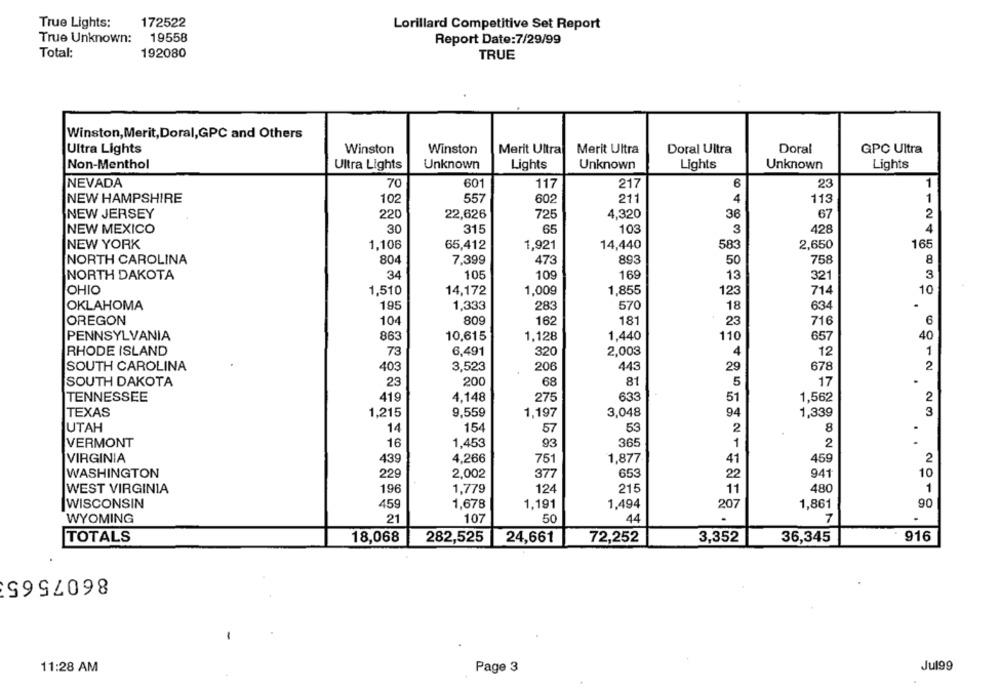
True Lights:
172522
Lorillard Competitive Set Report
True Unknown:
19558
Report Date:7/29/99
Total:
192080
TRUE
Winston, Merit, Doral,GPC and Others
Ultra Lights
Winston
Winston
Merit Ultra
Merit Ultra
Doral Ultra
Doral
GPC Ultra
Non-Menthol
Ultra Lights
Unknown
Lights
Unknown
Lights
Unknown
Lights
NEVADA
70
601
117
217
6
23
1
NEW HAMPSHIRE
102
55
602
211
4
113
1
NEW JERSEY
220
22,626
72
4,320
36
67
2
30
315
65
103
3
428
4
NEW MEXICO
NEW YORK
1,106
65,412
1,921
14,440
583
2,650
165
NORTH CAROLINA
804
7.399
473
893
50
758
8
NORTH DAKOTA
34
105
109
169
13
321
3
OHIO
1,510
14,172
1,009
1,855
123
714
10
195
283
OKLAHOMA
1,333
570
18
634
OREGON
104
809
162
181
23
716
6
PENNSYLVANIA
863
10,615
1,128
1.440
110
657
40
RHODE ISLAND
73
6,491
320
2,003
4
12
1
SOUTH CAROLINA
403
3,523
206
443
29
678
2
81
SOUTH DAKOTA
23
200
68
5
17
TENNESSEE
419
4.148
275
633
51
1,562
2
TEXAS
1,215
9,559
1,197
3,048
94
1,339
3
UTAH
14
154
57
53
8
2
.
VERMONT
16
1,453
93
365
1
2
459
VIRGINIA
439
4,266
751
1,877
41
2
WASHINGTON
229
2,002
377
653
22
941
10
WEST VIRGINIA
196
1,779
124
215
11
480
1
WISCONSIN
459
1,678
1,191
1,494
207
1,861
90
WYOMING
21
107
50
44
7
TOTALS
18,068
282,525
24,661
72,252
3,352
36,345
916
8607565
11:28 AM
Page 3
Jul99